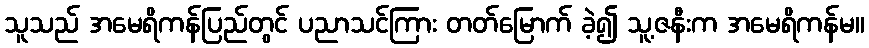
သူသည် အမေရိကန်ပြည်တွင် ပညာသင်ကြား တတ်မြောက် ခဲ့၍ သူ့ဇနီးက အမေရိကန်မ။